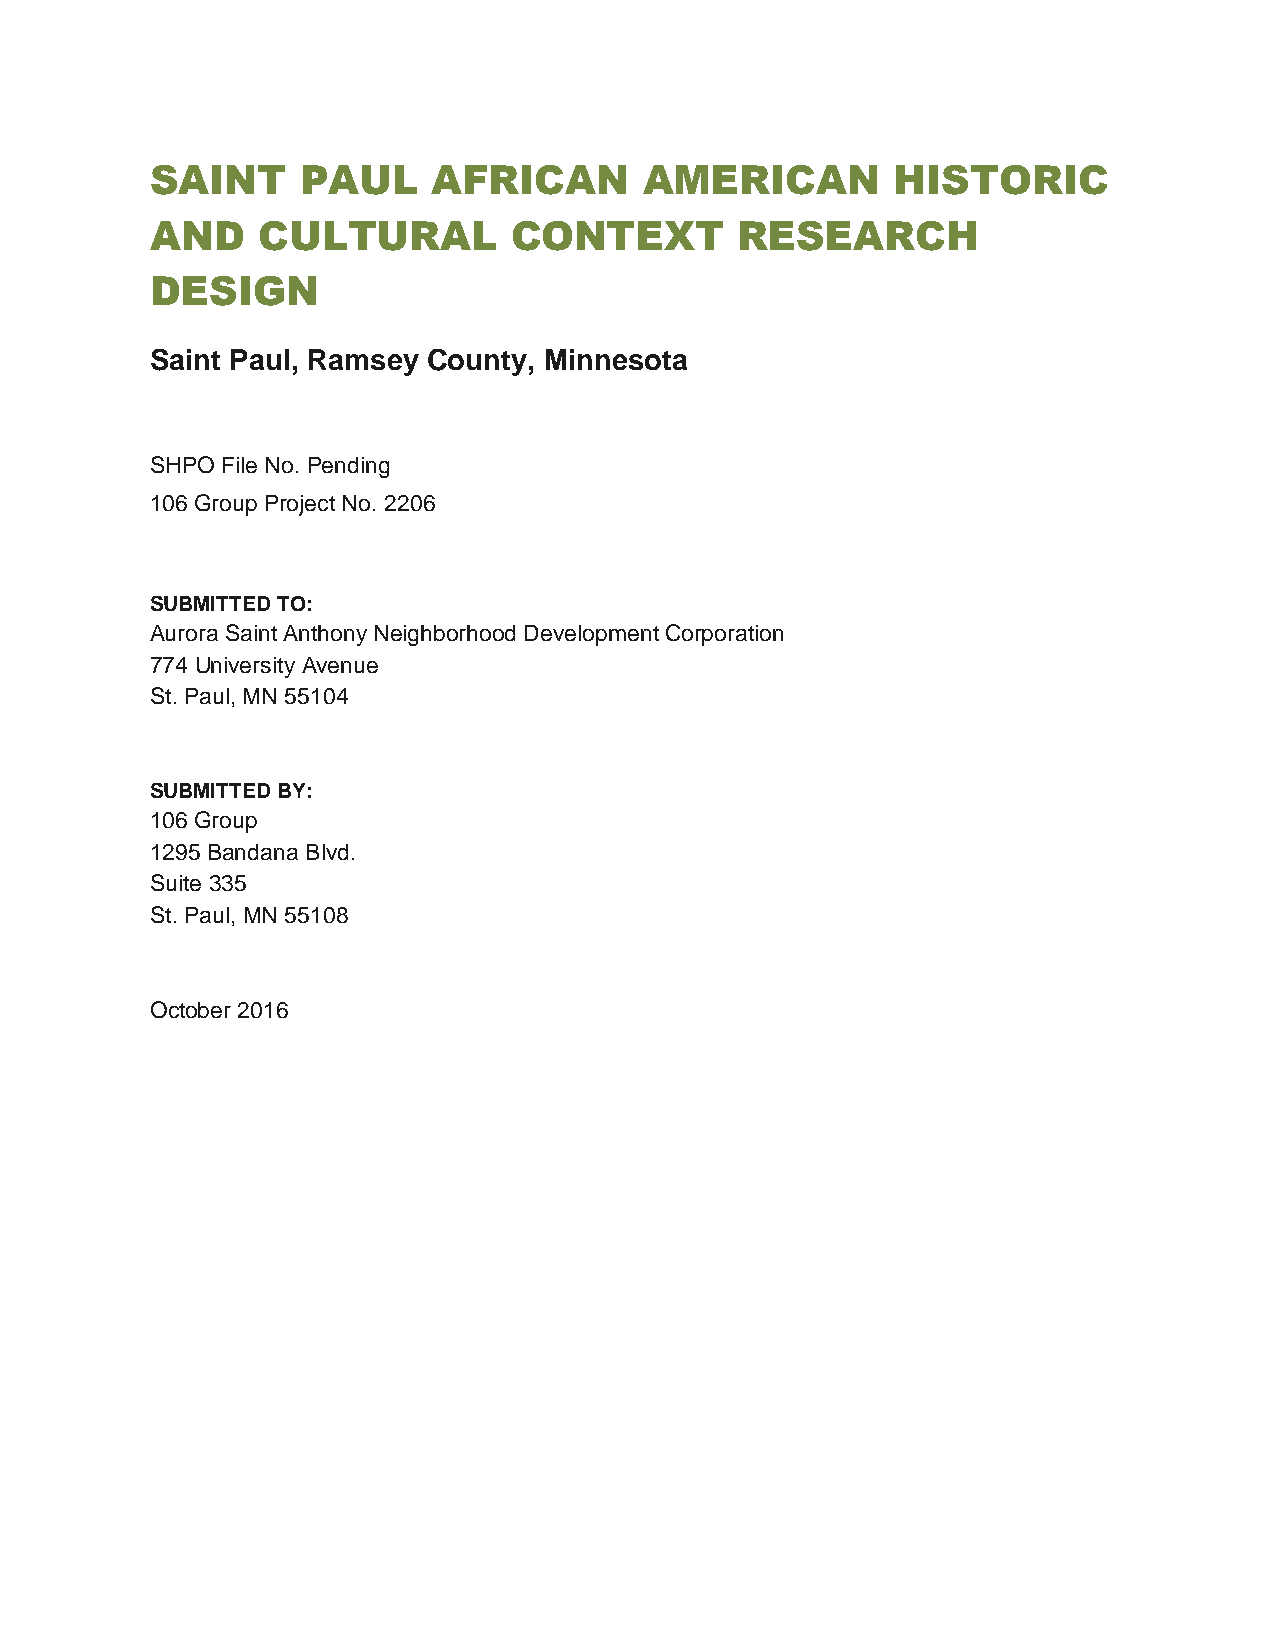
SAINT     PAUL     AFRICAN       AMERICAN        HISTORIC
 AND    CULTURAL         CONTEXT        RESEARCH
 DESIGN
 Saint Paul, Ramsey County, Minnesota
 SHPO File No. Pending
 106 Group Project No. 2206
 SUBMITTED TO:
 Aurora Saint Anthony Neighborhood Development Corporation
 774 University Avenue
 St. Paul, MN 55104
 SUBMITTED BY:
 106 Group
 1295 Bandana Blvd.
 Suite 335
 St. Paul, MN 55108
 October 2016